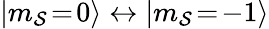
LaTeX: |m_{\mathcal{S}}\! =\! 0\rangle\leftrightarrow|m_{\mathcal{S}}\! =\! -1\rangle